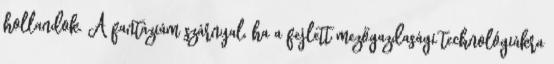
hollandok. A fantáziám szárnyal, ha a fejlett mezőgazdasági technológiákra